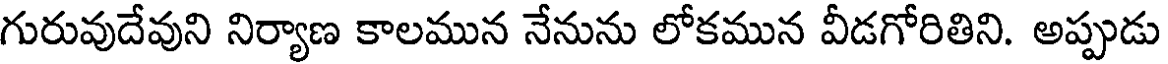
గురువుదేవుని నిర్యాణ కాలమున నేనును లోకమున వీడగోరితిని. అప్పుడు